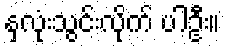
နှလုံးသွင်းလိုက် ပါဦး။